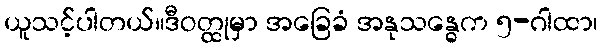
ယူသင့်ပါတယ်။ဒီဝတ္ထုမှာ အခြေခံ အနုသန္ဓေက ၅-ဂါထာ၊